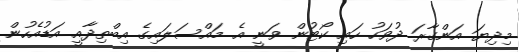
މިދިޔަ އަންގާރަ ދުވަހު ހައި ކޯޓުން ވަނީ އެ މައްސަލައިގެ އިބްތިދާއީ އަޑުއެހުން